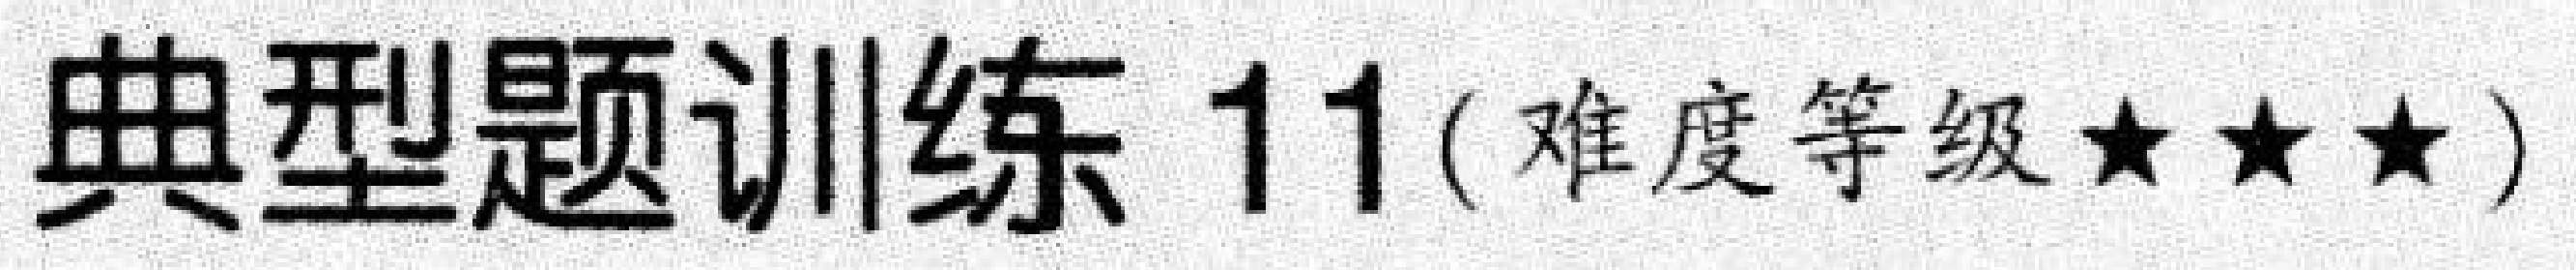
典型题训练 11(难度等级★★★)